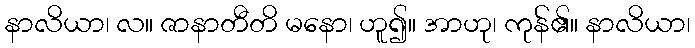
နာလိယာ၊ လ။ ဇာနာတီတိ မနော၊ ဟူ၍။ အာဟု၊ ကုန်၏။ နာလိယာ၊